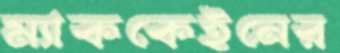
ম্যাককেইনের